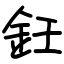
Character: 鈓